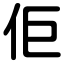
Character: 佢